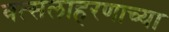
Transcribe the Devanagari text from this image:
वत्सलाहरणाच्या